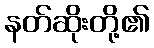
နတ်ဆိုးတို့၏